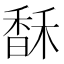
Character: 𩡄